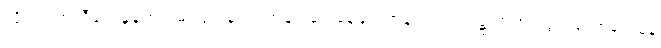
လိုက်ပါကူညီပေးနေတဲ့ ရှမ်းပြည်နယ်၊ ကချင်ရှေ့နေများကွန်ရက် ဥက္ကဋ္ဌ တရားလွှတ်တော်ရှေ့နေ